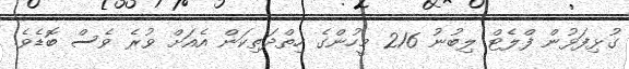
ގުޅިފަޅުން ފްލެޓް ލިބުނު 216 މީހުންގެ ހިތްދަތިކަން އެއަށް ވުރެ ވެސް ބޮޑެވެ.